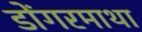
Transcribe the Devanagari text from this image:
डोंगरमाथा